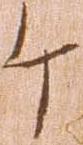
ケ